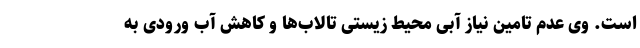
است. وی عدم تامین نیاز آبی محیط زیستی تالاب‌ها و کاهش آب ورودی به